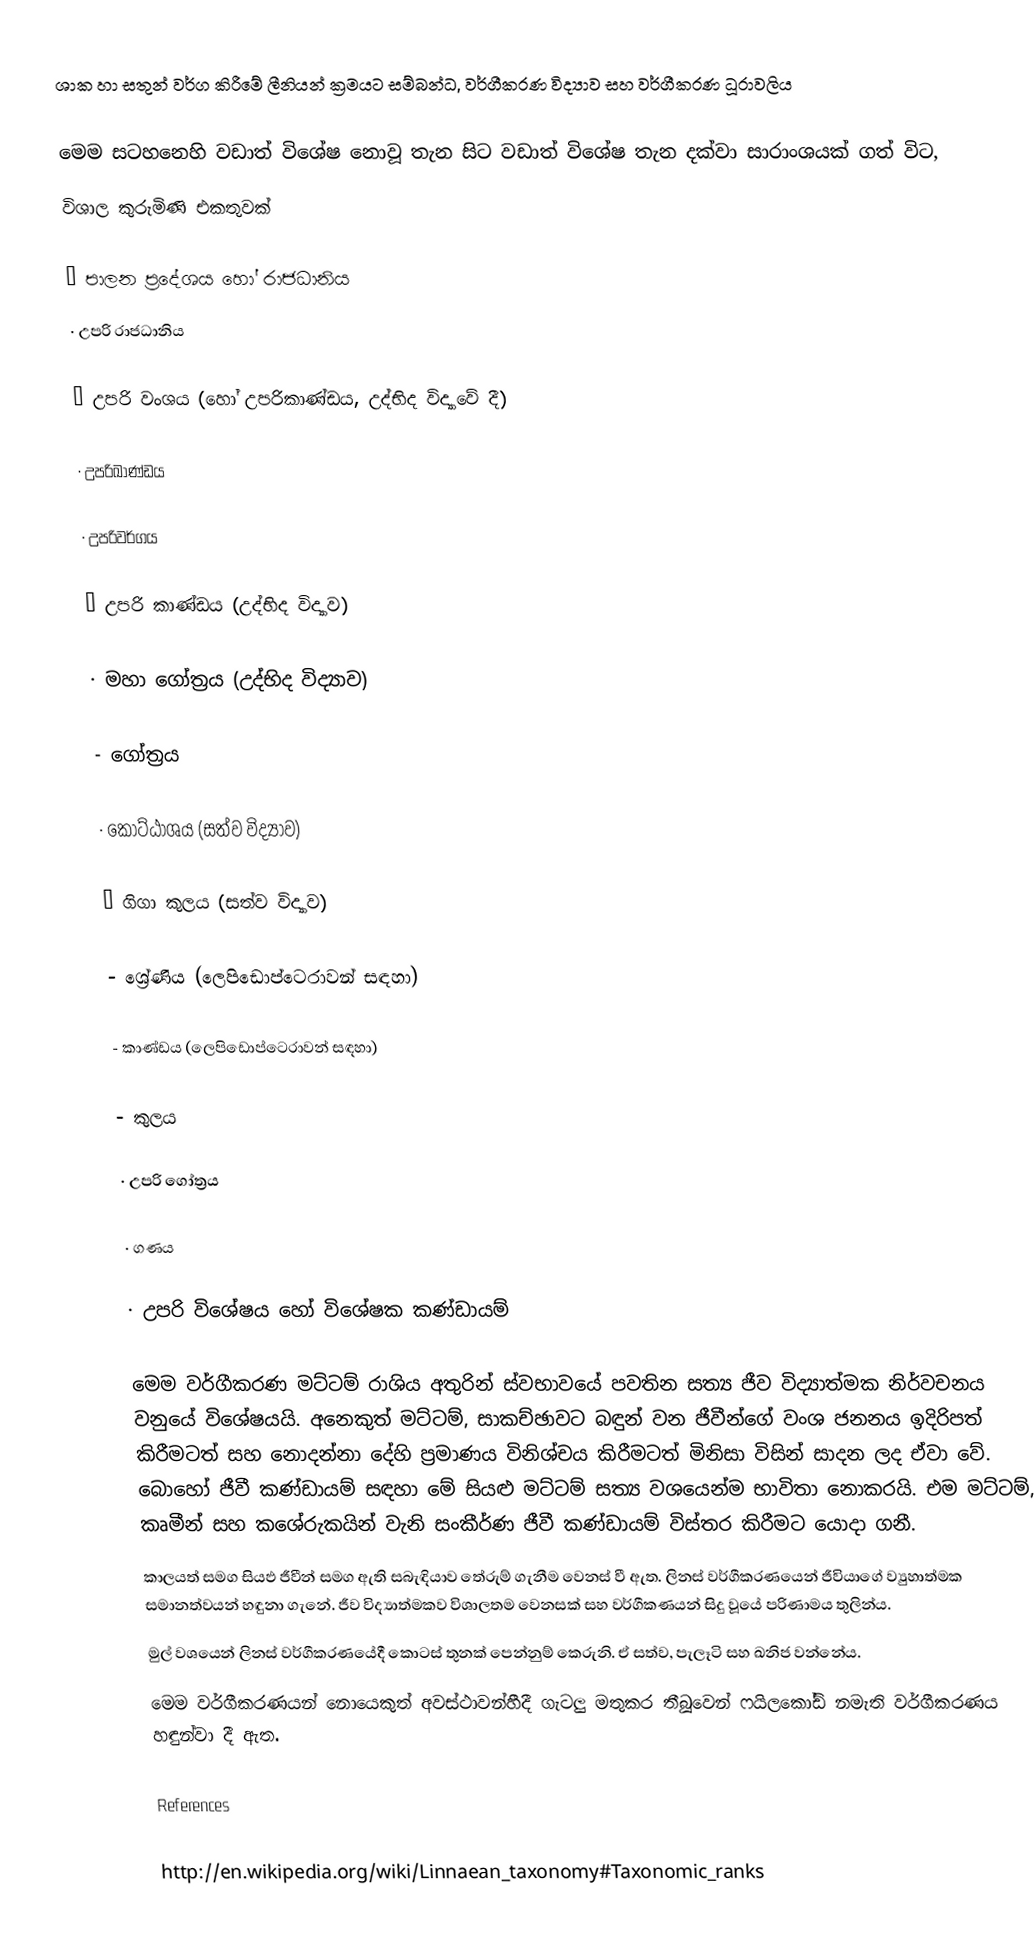
ශාක හා සතුන් වර්ග කිරීමේ ලීනියන් ක්‍රමයට සම්බන්ධ, වර්ගීකරණ විද්‍යාව සහ වර්ගීකරණ ධූරාවලිය

මෙම සටහනෙහි වඩාත් විශේෂ නොවූ තැන සිට වඩාත් විශේෂ තැන දක්වා සාරාංශයක් ගත් විට,
විශාල කුරුමිණි එකතුවක්

·	පාලන ප්‍රදේශ‍ය හෝ රාජධානිය
·	උපරි රාජධානිය

·	උපරි වංශය (හෝ උපරිකාණ්ඩය, උද්භිද විද්‍යාවේ දී)

·	උපරිඛාණ්ඩය

·	උපරිවර්ගය

·	උපරි කාණ්ඩය (උද්භිද විද්‍යාව)

·	මහා ගෝත්‍රය (උද්භිද විද්‍යාව)

-	ගෝත්‍රය

·	කොට්ඨාශය (සත්ව විද්‍යාව)

·	ගිගා කුලය (සත්ව විද්‍යාව)

-	ශ්‍රේණිය (ලෙපිඩොප්ටෙරාවන් සඳහා)

-	කාණ්ඩය (ලෙපිඩොප්ටෙරාවන් සඳහා)

-    කුලය

·	උපරි ගෝත්‍රය

·	ගණය

·	උපරි විශේෂය හෝ විශේෂක කණ්ඩායම්

මෙම වර්ගීකරණ මට්ටම් රාශිය අතුරින් ස්වභාවයේ පවතින සත්‍ය ජීව විද්‍යාත්මක නිර්වචනය වනුයේ විශේෂයයි. අනෙකුත් මට්ටම්, සාකච්ඡාවට බඳුන් වන ජීවීන්ගේ වංශ ජනනය ඉදිරිපත් කිරීමටත් සහ නොදන්නා ‍දේහි ප්‍රමාණය විනිශ්චය කිරීමටත් මිනිසා විසින් සාදන ලද ඒවා වේ. බොහෝ ජීවී කණ්ඩායම් සඳහා මේ සියළු මට්ටම් සත්‍ය වශයෙන්ම භාවිතා  නොකරයි. එම මට්ට‍ම්, කෘමීන් සහ කශේරුකයින් වැනි සංකීර්ණ ජීවී කණ්ඩායම් විස්තර කිරීමට යොදා ගනී.
කාලයත් සමග සියඵ ජීවීන් සමග ඇති සබැඳියාව තේරුම් ගැනීම වෙනස් වී ඇත. ලිනස් වර්ගීකරණයෙන් ජීවියාගේ ව්‍යුහාත්මක සමානත්වයන් හඳුනා ගැනේ. ජීව විද්‍යාත්මකව විශාලතම වෙනසක් සහ වර්ගීකණයන් සිදු වූයේ පරිණාමය තුලින්ය.
මුල් වශයෙන් ලිනස් වර්ගීකරණයේදී කොටස් තුනක් පෙන්නුම් කෙරුනි. ඒ සත්ව, පැලෑටි සහ ඛනිජ වන්නේය.
මෙම වර්ගීකරණයන් නොයෙකුත් අවස්ථාවන්හීදී ගැටලු මතුකර තීබූවෙන් ෆයිලකෝඩ් නමැති වර්ගීකරණය හඳුන්වා දී ඇත.

References

http://en.wikipedia.org/wiki/Linnaean_taxonomy#Taxonomic_ranks